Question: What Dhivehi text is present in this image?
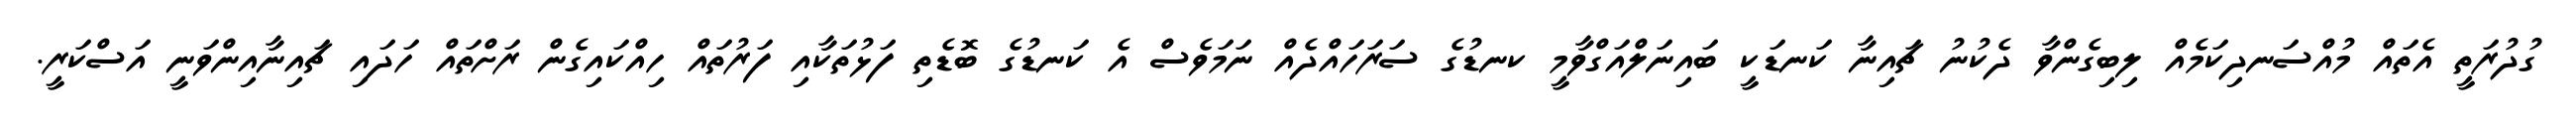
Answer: ގުދުރަތީ އެތައް މުއްސަނދިކަމެއް ލިބިގެންވާ ދެކުނު ޗައިނާ ކަނޑަކީ ބައިނަލްއަގްވާމީ ކނޑުގެ ސަރަހައްދެއް ނަމަވެސް އެ ކަނޑުގެ ބޮޑެތި ފަޅުތަކާއި ފަރުތައް ހިއްކައިގެން ރަށްތައް ހަދައި ޗައިނާއިންވަނީ އަސްކަރީ.